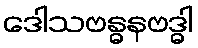
ဒေါသဗန္ဓနဗဒ္ဓါ